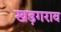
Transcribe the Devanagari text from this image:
खड़गराव